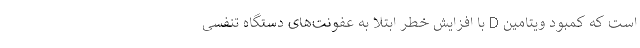
است که کمبود ویتامین D با افزایش خطر ابتلا به عفونت‌های دستگاه تنفسی